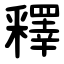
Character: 釋